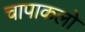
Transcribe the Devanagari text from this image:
चापाकलो